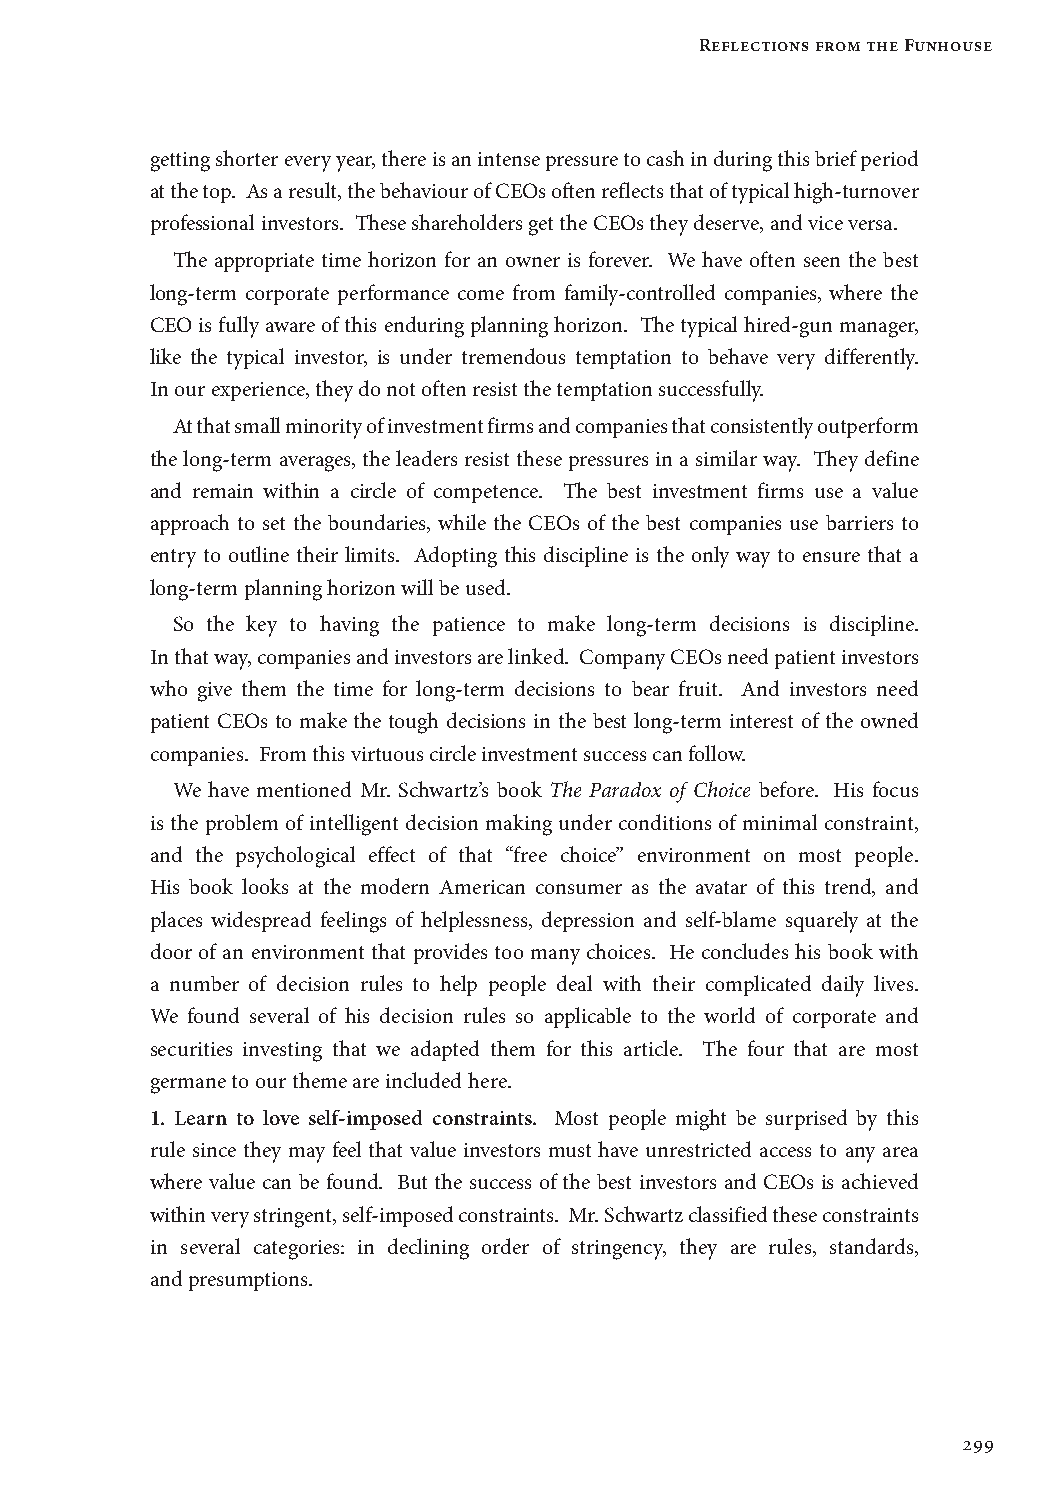
Reflections from the Funhouse
 getting shorter every year, there is an intense pressure to cash in during this brief period
 at the top. As a result, the behaviour of CEOs often reflects that of typical high-turnover
 professional investors. These shareholders get the CEOs they deserve, and vice versa.
 The appropriate time horizon for an owner is forever. We have often seen the best
 long-term corporate performance come from family-controlled companies, where the
 CEO is fully aware of this enduring planning horizon. The typical hired-gun manager,
 like the typical investor, is under tremendous temptation to behave very differently.
 In our experience, they do not often resist the temptation successfully.
 At that small minority of investment firms and companies that consistently outperform
 the long-term averages, the leaders resist these pressures in a similar way. They define
 and remain within a circle of competence. The best investment firms use a value
 approach to set the boundaries, while the CEOs of the best companies use barriers to
 entry to outline their limits. Adopting this discipline is the only way to ensure that a
 long-term planning horizon will be used.
 So the key to having the patience to make long-term decisions is discipline.
 In that way, companies and investors are linked. Company CEOs need patient investors
 who give them the time for long-term decisions to bear fruit. And investors need
 patient CEOs to make the tough decisions in the best long-term interest of the owned
 companies. From this virtuous circle investment success can follow.
 We have mentioned Mr. Schwartz’s book The Paradox of Choice before. His focus
 is the problem of intelligent decision making under conditions of minimal constraint,
 and the psychological effect of that “free choice” environment on most people.
 His book looks at the modern American consumer as the avatar of this trend, and
 places widespread feelings of helplessness, depression and self-blame squarely at the
 door of an environment that provides too many choices. He concludes his book with
 a number of decision rules to help people deal with their complicated daily lives.
 We found several of his decision rules so applicable to the world of corporate and
 securities investing that we adapted them for this article. The four that are most
 germane to our theme are included here.
 1. Learn to love self-imposed constraints. Most people might be surprised by this
 rule since they may feel that value investors must have unrestricted access to any area
 where value can be found. But the success of the best investors and CEOs is achieved
 within very stringent, self-imposed constraints. Mr. Schwartz classified these constraints
 in several categories: in declining order of stringency, they are rules, standards,
 and presumptions.
 299